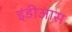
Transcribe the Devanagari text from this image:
इंडीआस